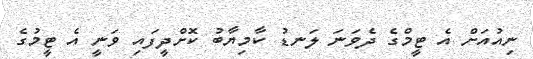
ނިއުއަށް އެ ޓީމްގެ ދެވަނަ ލަނޑު ކާމިޔާބު ކޮށްދީފައި ވަނީ އެ ޓީމުގެ